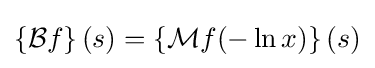
\left\{{\mathcal {B}}f\right\}(s)=\left\{{\mathcal {M}}f(-\ln x)\right\}(s)